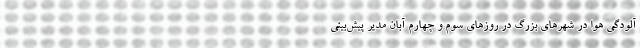
آلودگی هوا در شهرهای بزرگ در روزهای سوم و چهارم آبان مدیر پیش‌بینی